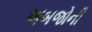
અબજોની